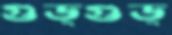
গুড্গুড্